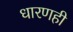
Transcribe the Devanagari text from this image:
धारणही